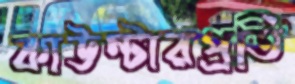
কাউন্টারপ্রতি